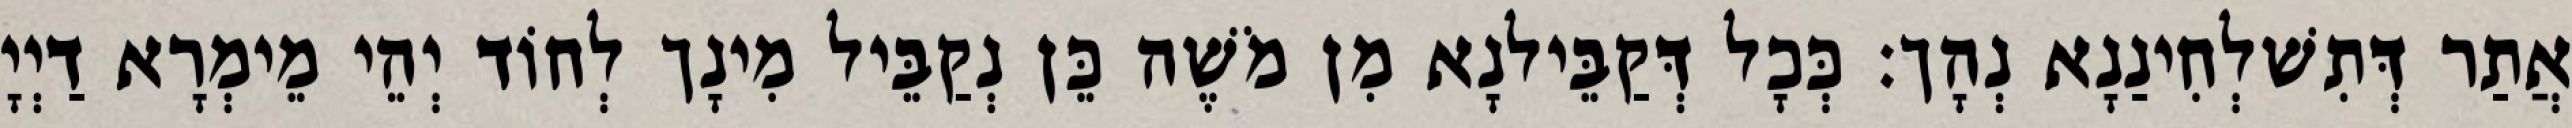
אֲתַר דְּתִשׁלְחִינַנָא נְהָך׃ כְּכָל דְּקַבֵּילנָא מִן מֹשֶׁה כֵּן נְקַבֵּיל מִינָך לְחוֹד יְהֵי מֵימְרָא דַיְיָ